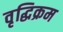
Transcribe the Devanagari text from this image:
वृद्धिक्रम